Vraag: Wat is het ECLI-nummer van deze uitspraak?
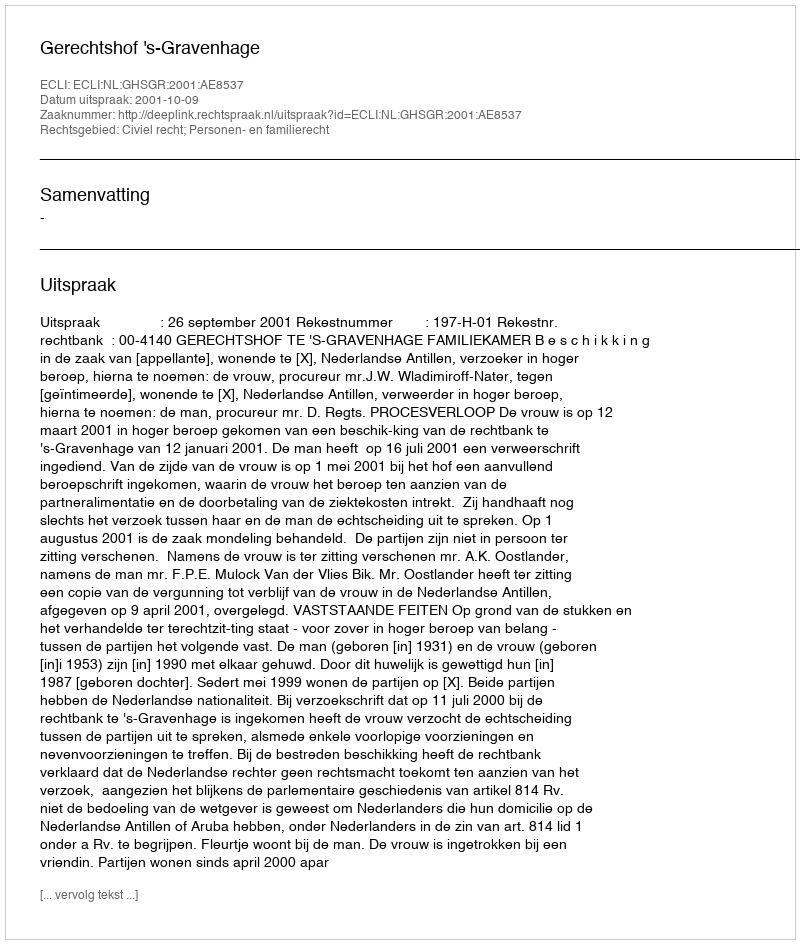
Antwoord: ECLI:NL:GHSGR:2001:AE8537